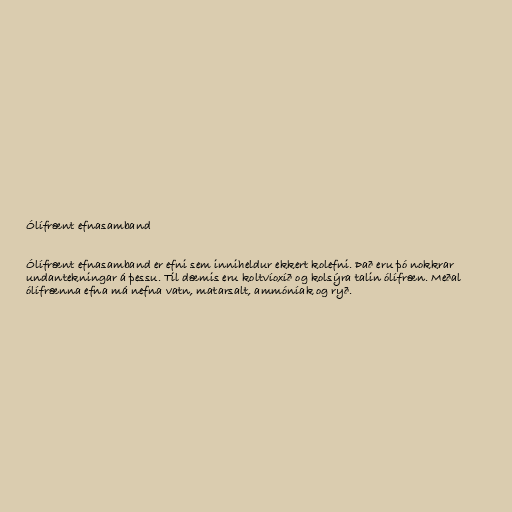
Ólífrænt efnasamband

Ólífrænt efnasamband er efni sem inniheldur ekkert kolefni. Það eru þó nokkrar
undantekningar á þessu. Til dæmis eru koltvíoxíð og kolsýra talin ólífræn. Meðal
ólífrænna efna má nefna vatn, matarsalt, ammóníak og ryð.